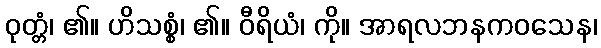
ဝုတ္တံ၊ ၏။ ဟိသစ္စံ၊ ၏။ ဝီရိယံ၊ ကို။ အာရလဘနကဝသေန၊